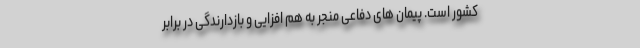
کشور است. پیمان های دفاعی منجر به هم افزایی و بازدارندگی در برابر